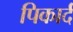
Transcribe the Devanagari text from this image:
पिकार्द